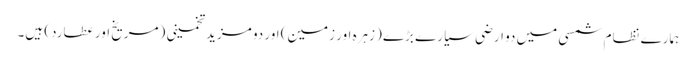
ہمارے نظام شمسی میں دو ارضی سیارے بڑے (زہرہ اور زمین) اور دو مزید تخمینی (مریخ اور عطارد) ہیں۔